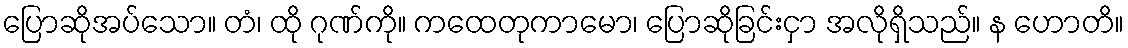
ပြောဆိုအပ်သော။ တံ၊ ထို ဂုဏ်ကို။ ကထေတုကာမော၊ ပြောဆိုခြင်းငှာ အလိုရှိသည်။ န ဟောတိ။